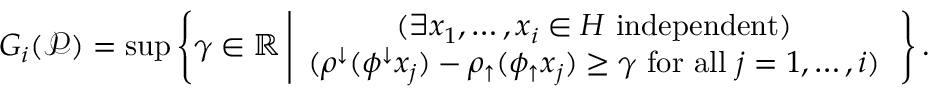
G _ { i } ( \mathcal { P } ) = \operatorname* { s u p } \left\{ \gamma \in \mathbb { R } \left| \begin{array} { c } { ( \exists x _ { 1 } , \ldots , x _ { i } \in H \mathrm { ~ i n d e p e n d e n t } ) } \\ { ( \rho ^ { \downarrow } ( \phi ^ { \downarrow } x _ { j } ) - \rho _ { \uparrow } ( \phi _ { \uparrow } x _ { j } ) \geq \gamma \mathrm { ~ f o r ~ a l l ~ } j = 1 , \ldots , i ) } \end{array} \right. \right\} .